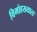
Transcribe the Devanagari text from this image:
विमोहख्यातः